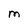
Character: M